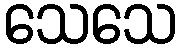
သေသေ